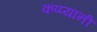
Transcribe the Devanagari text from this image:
कप्प्यानी